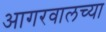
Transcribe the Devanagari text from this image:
आगरवालच्या